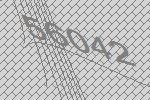
56042